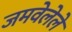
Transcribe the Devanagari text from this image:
जमवेलेले